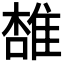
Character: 𨿟